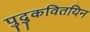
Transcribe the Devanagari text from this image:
पुदुकवितयिन